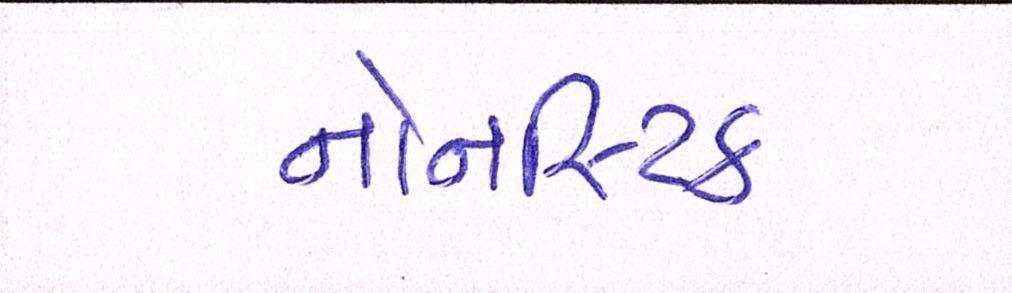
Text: નોનસ્ટિક